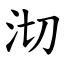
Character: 沏